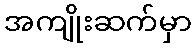
အကျိုးဆက်မှာ